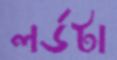
লর্ডটা